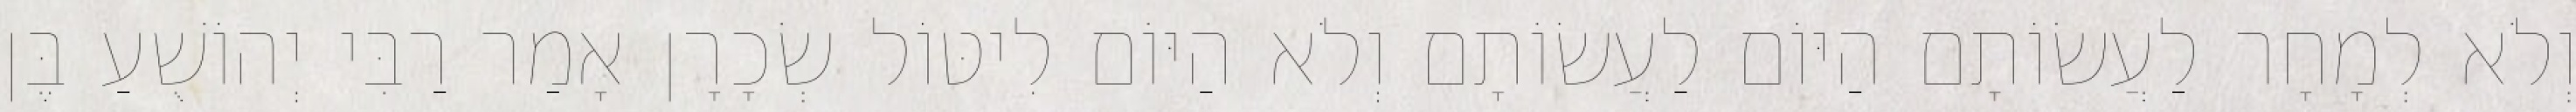
וְלֹא לְמָחָר לַעֲשׂוֹתָם הַיּוֹם לַעֲשׂוֹתָם וְלֹא הַיּוֹם לִיטּוֹל שְׂכָרָן אָמַר רַבִּי יְהוֹשֻׁעַ בֶּן